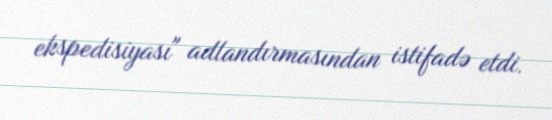
ekspedisiyası" adlandırmasından istifadə etdi.